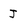
Character: J